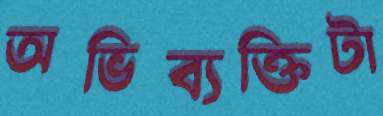
অভিব্যক্তিটা